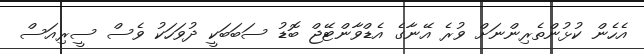
އެހެން ކުޅުންތެރިންނަށް ވުރެ އޭނާގެ އެޑްވާންޓޭޖް ބޮޑު ސަބަބަކީ ދުވަހަކު ވެސް ސީރިއަސް